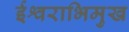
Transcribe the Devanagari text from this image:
ईश्वराभिमुख